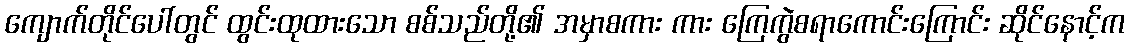
ကျောက်တိုင်ပေါ်တွင် ထွင်းထုထားသော စစ်သည်တို့၏ အမှာစကား ကား ကြေကွဲစရာကောင်းကြောင်း ဆိုင်နောင့်က